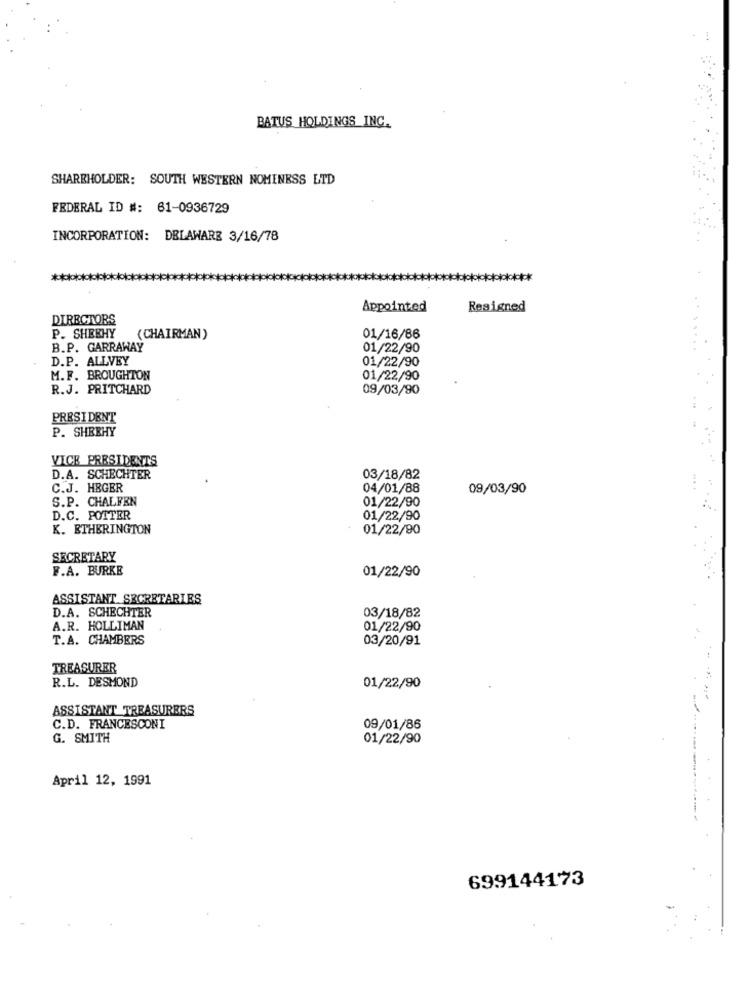
BATUS HOLDINGS INC.
SHAREHOLDER: SOUTH WESTERN NOMENESS LTD
FEDERAL ID #: 61-0936729
INCORPORATION: DELAWARE 3/16/78
Appointed
Resigned
DIRECTORS
P. SHEEHY
(CHAIRMAN )
01/16/86
B.P. GARRAWAY
01/22/90
D.P. ALLVEY
01/22/90
M.F. BROUGHTON
01/22/90
R.J. PRITCHARD
09/03/90
PRESIDENT
P. SHEEHY
VICE PRESIDENTS
D.A. SCHECHTER
03/18/82
C.J. HEGER
04/01/88
09/03/90
S.P. CHALFEN
01/22/90
D.C. POTTER
01/22/90
K. ETHERINGTON
01/22/90
SECRETARY
F.A. BURKE
01/22/90
ASSISTANT SECRETARIES
D.A. SCHECHTER
03/18/82
A.R. HOLLIMAN
01/22/90
T.A. CHAMBERS
03/20/91
TREASURER
R.L. DESMOND
01/22/90
ASSISTANT TREASURERS
C.D. FRANCESCONI
09/01/86
G. SMITH
01/22/90
April 12, 1991
699144173